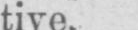
tive.